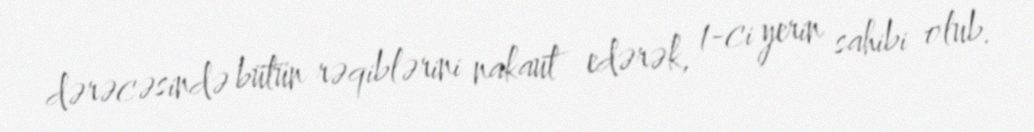
dərəcəsində bütün rəqiblərini nakaut edərək, 1-ci yerin sahibi olub.